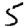
Digit: 5